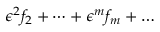
\epsilon ^ { 2 } f _ { 2 } + \dots + \epsilon ^ { m } f _ { m } + \dots